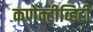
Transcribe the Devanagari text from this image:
कणेक्टीव्हिटी